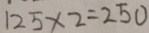
1 2 5 \times 2 = 2 5 0